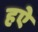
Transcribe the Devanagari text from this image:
हऐ